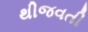
થીજવતી